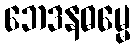
ဘေဒနဓမ္မေ